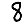
Digit: 8